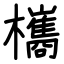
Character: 欈